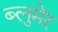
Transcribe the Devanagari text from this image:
ब्लुमेर